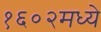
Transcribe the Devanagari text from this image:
१६०२मध्ये